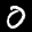
Label: 0